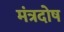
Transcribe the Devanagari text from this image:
मंत्रदोष